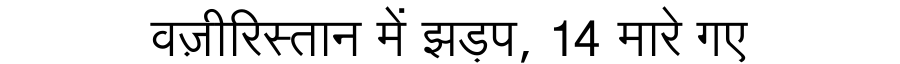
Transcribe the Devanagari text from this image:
वज़ीरिस्तान में झड़प, 14 मारे गए